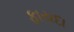
ફાયદા